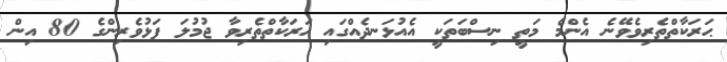
ޙަރަކާތްތެރިވެވޭނެ އެންމެ މަތީ ނިސްބަތަކީ އެއުޅަނދެއްގައި ޙަރަކާތްތެރިވާ ޖުމުލަ ފަޅުވެރިންގެ 80 އިން